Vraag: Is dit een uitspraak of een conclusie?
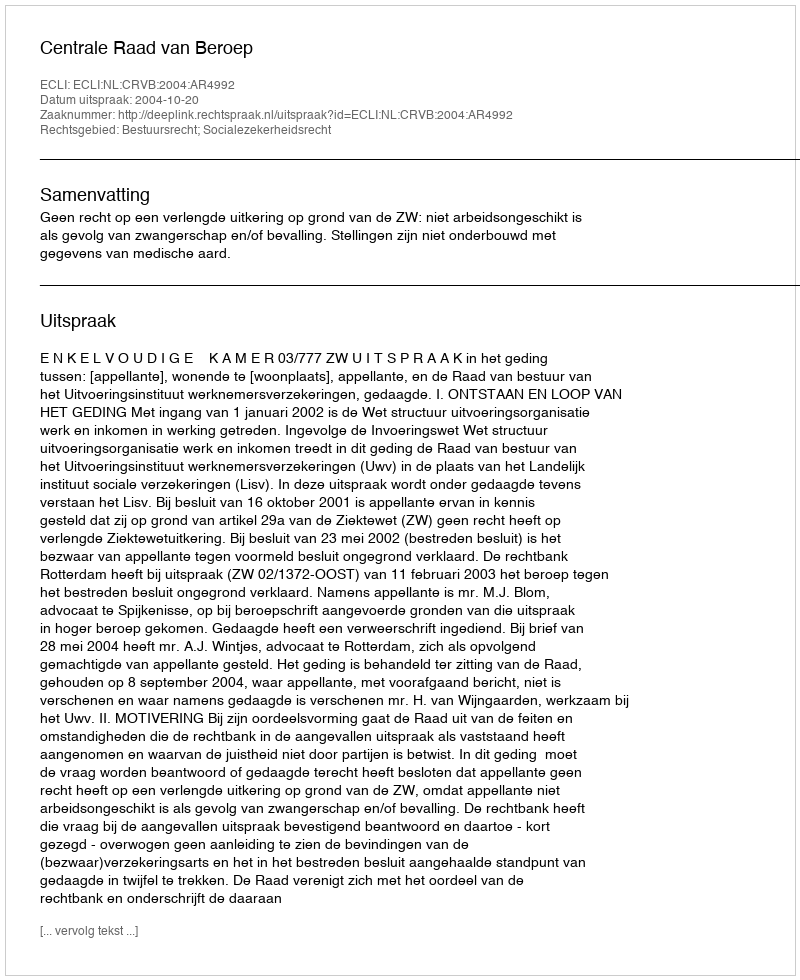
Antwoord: Uitspraak